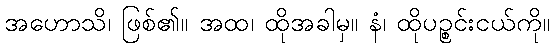
အဟောသိ၊ ဖြစ်၏။ အထ၊ ထိုအခါမှ။ နံ၊ ထိုပဉ္စင်းငယ်ကို။